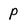
Character: p